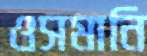
ওসমানি